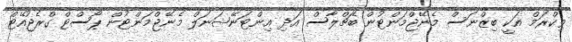
ވިކްރަމް އަކީ ބިޒްނަސް މެނޭޖްމަންޓުން ބެޗްލާސް އަދި އިންޓަނޭޝަނަލް މެނޭޖްމަންޓުން ޕޯސްޓް ގްރެޖުއޭޓް